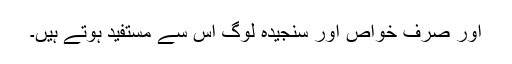
اور صرف خواص اور سنجیدہ لوگ اس سے مستفید ہوتے ہیں۔